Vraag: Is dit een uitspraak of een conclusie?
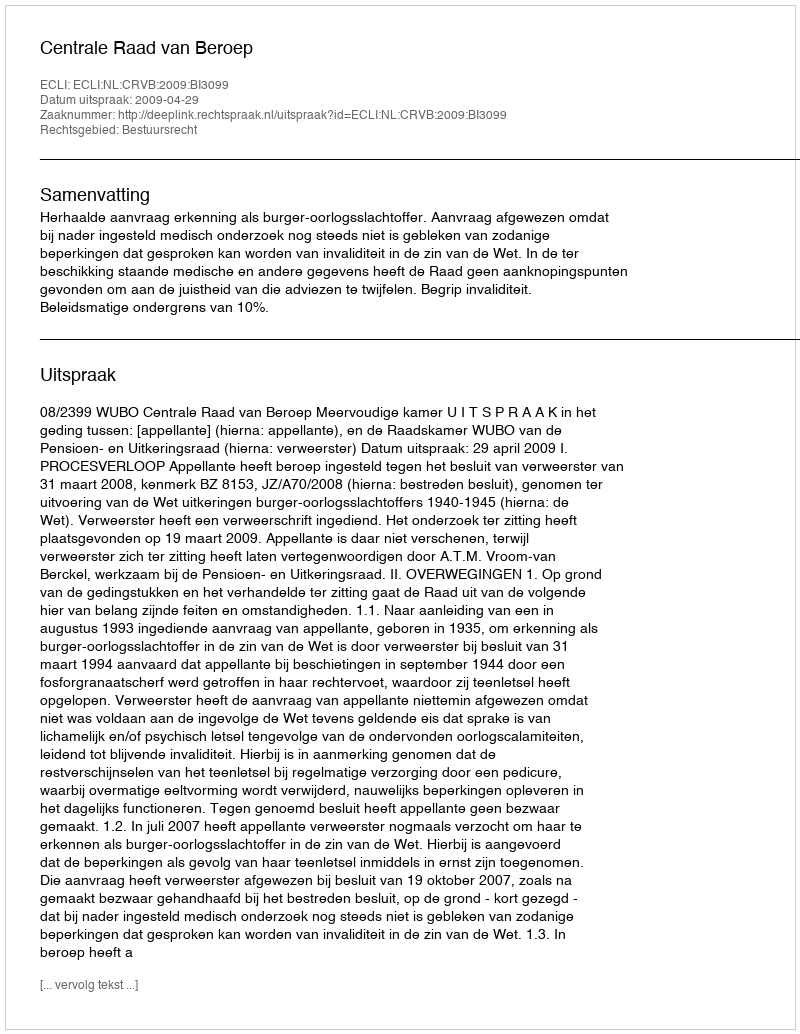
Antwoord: Uitspraak